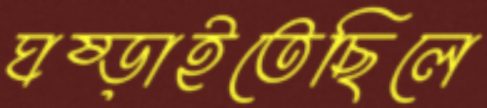
ঘষ্‌ড়াইতেছিলে